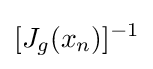
[J_{g}(x_{n})]^{-1}